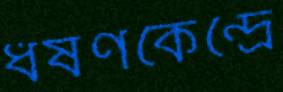
ধর্ষণকেন্দ্রে